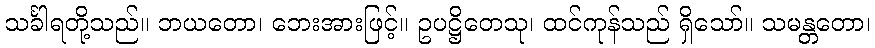
သင်္ခါရတို့သည်။ ဘယတော၊ ဘေးအားဖြင့်။ ဥပဋ္ဌိတေသု၊ ထင်ကုန်သည် ရှိသော်။ သမန္တတော၊